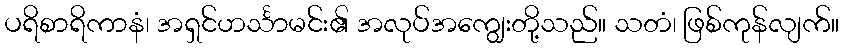
ပရိစာရိကာနံ၊ အရှင်ဟင်္သာမင်း၏ အလုပ်အကျွေးတို့သည်။ သတံ၊ ဖြစ်ကုန်လျက်။